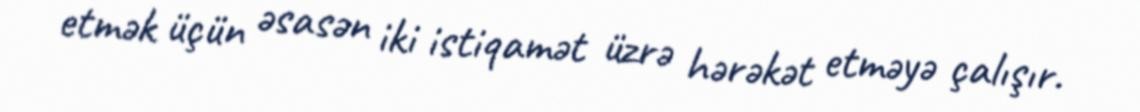
etmək üçün əsasən iki istiqamət üzrə hərəkət etməyə çalışır.